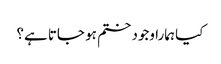
کیا ہمارا وجود ختم ہو جاتا ہے؟